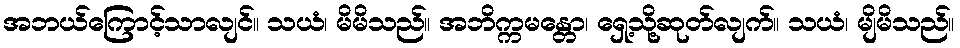
အဘယ်ကြောင့်သာလျင်။ သယံ၊ မိမိသည်။ အဘိက္ကမန္တော၊ ရှေ့သို့ဆုတ်လျက်။ သယံ၊ မျိမိသည်။